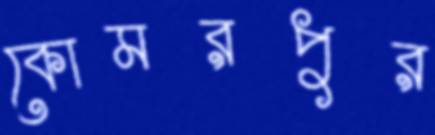
কোমরপুর